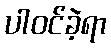
ပါဝင်ခဲ့ရာ